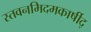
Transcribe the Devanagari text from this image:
स्तवनमिदमकार्षीद्